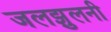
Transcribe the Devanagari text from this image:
जलझुलनी